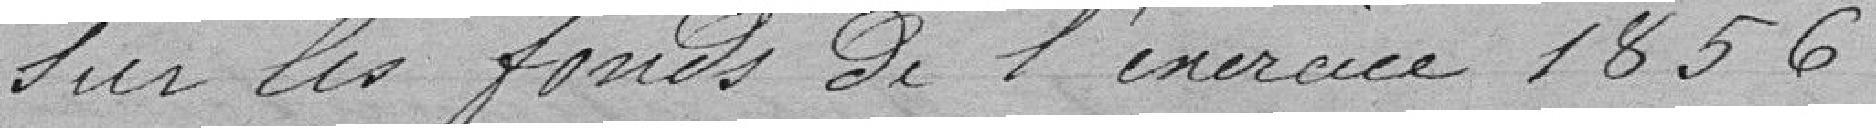
sur les fonds de l'exercice 1856.